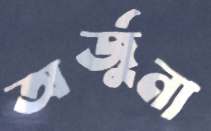
অর্জুনা